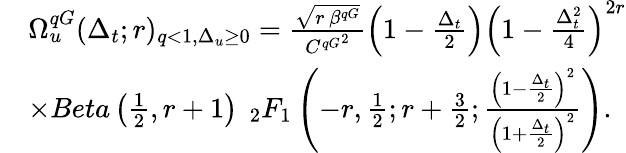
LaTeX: \begin{array}{rl}&{\Omega_{u}^{qG}(\Delta_{t};r)_{q<1,\Delta_{u}\ge 0}=\frac{\sqrt{r\, \beta^{qG}}}{{C^{qG}}^{2}}\left(1-\frac{\Delta_{t}}{2}\right)\left(1-\frac{\Delta_{t}^{2}}{4}\right)^{2r}}\\ &{\times Beta\left(\frac{1}{2},r+1\right)\, \ _{2}F_{1}\left(-r,\frac{1}{2};r+\frac{3}{2};\frac{\left(1-\frac{\Delta_{t}}{2}\right)^{2}}{\left(1+\frac{\Delta_{t}}{2}\right)^{2}}\right).}\end{array}